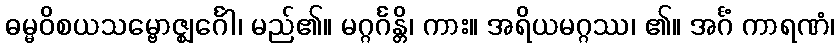
ဓမ္မဝိစယသမ္ဗောဇ္ဈင်္ဂေါ၊ မည်၏။ မဂ္ဂင်္ဂန္တိ၊ ကား။ အရိယမဂ္ဂဿ၊ ၏။ အင်္ဂံ ကာရဏံ၊